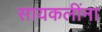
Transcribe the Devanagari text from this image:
सायकलींना